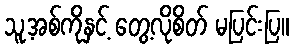
သူ့အစ်ကိုနှင့် တွေ့လိုစိတ် မပြင်းပြ။